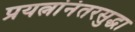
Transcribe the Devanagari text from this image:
प्रयत्नांनंतरसुद्धा